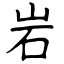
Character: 岩